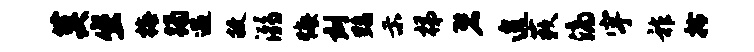
莫坐梅躅遇敝溺悔刻黝示梯碧遑蔌滴宇祚拎